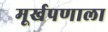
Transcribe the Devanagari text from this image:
मूर्खपणाला